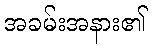
အခမ်းအနား၏